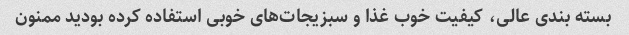
بسته بندی عالی، کیفیت خوب غذا و سبزیجات‌های خوبی استفاده کرده بودید ممنون